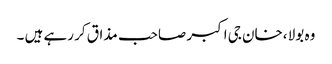
وہ بولا ،خان جی اکبر صاحب مذاق کر رہے ہیں ۔